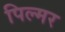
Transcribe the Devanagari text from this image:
पिल्मर